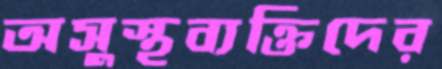
অসুস্থব্যক্তিদের